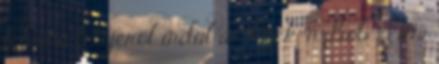
felvonó tetejéről indul a "Rock 'n Bob" 4 km